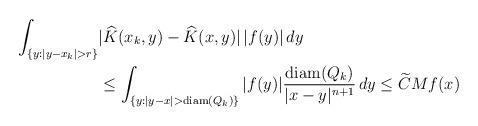
LaTeX: \begin{align*}\begin{aligned}\int _{\{y: |y-x_k|>r\}} &|\widehat{K}(x_k,y)- \widehat{K}(x,y)|\,|f(y)|\, dy \\&\leq \int _{\{y: |y-x|>{\rm diam}(Q_k)\}}|f(y)|\frac{{\rm diam}(Q_k)}{|x-y|^{n+1}}\, dy \leq \widetilde CMf(x)\end{aligned}\end{align*}